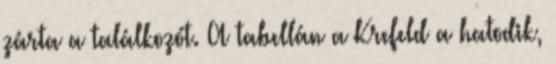
zárta a találkozót. A tabellán a Krefeld a hatodik,